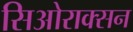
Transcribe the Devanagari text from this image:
सिओराक्सन